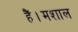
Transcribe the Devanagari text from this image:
हैं।मशाल